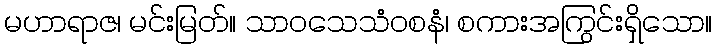
မဟာရာဇ၊ မင်းမြတ်။ သာဝသေသံဝစနံ၊ စကားအကြွင်းရှိသော။